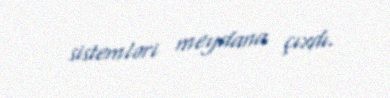
sistemləri meydana çıxdı.